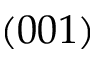
( 0 0 1 )